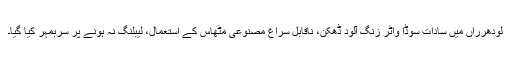
لودھرراں میں سادات سوڈا واٹر زنگ آلود ڈھکن، ناقابلِ سراغ مصنوعی مٹھاس کے استعمال، لیبلنگ نہ ہونے پر سربمہر کیا گیا۔